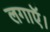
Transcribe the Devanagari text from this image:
लगाऍ।